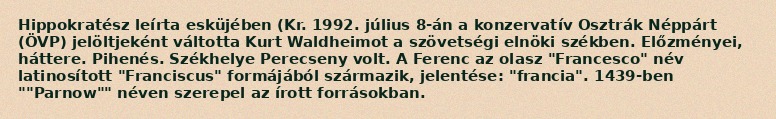
Hippokratész leírta esküjében (Kr. 1992. július 8-án a konzervatív Osztrák Néppárt (ÖVP) jelöltjeként váltotta Kurt Waldheimot a szövetségi elnöki székben. Előzményei, háttere. Pihenés. Székhelye Perecseny volt. A Ferenc az olasz "Francesco" név latinosított "Franciscus" formájából származik, jelentése: "francia". 1439-ben ""Parnow"" néven szerepel az írott forrásokban.